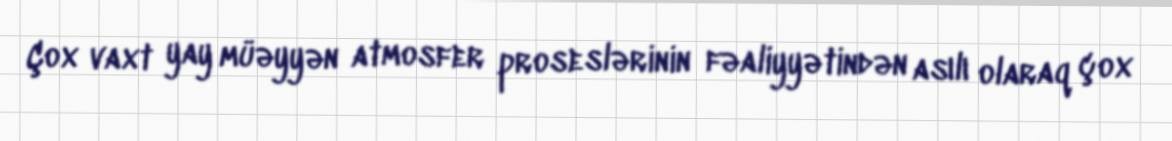
Çox vaxt yay müəyyən atmosfer proseslərinin fəaliyyətindən asılı olaraq çox